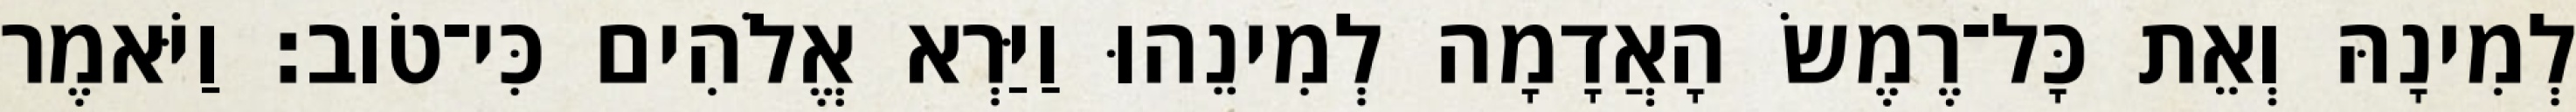
לְמִינָהּ וְאֵת כָּל־רֶמֶשׂ הָאֲדָמָה לְמִינֵהוּ וַיַּרְא אֱלֹהִים כִּי־טֹוב׃ וַיֹּאמֶר